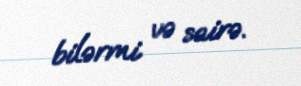
bilərmi və sairə.